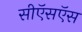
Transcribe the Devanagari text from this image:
सीऍसऍस